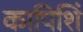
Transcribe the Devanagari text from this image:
कापिशिं